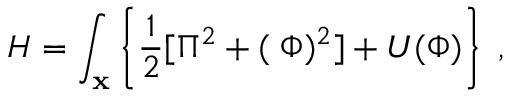
H = \int _ { \bf x } \left\{ \frac { 1 } { 2 } [ \Pi ^ { 2 } + ( { \bf \nabla } \Phi ) ^ { 2 } ] + U ( \Phi ) \right\} \; ,